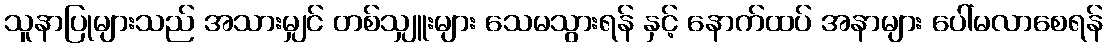
သူနာပြုများသည် အသားမျှင် တစ်သျှူးများ သေမသွားရန် နှင့် နောက်ထပ် အနာများ ပေါ်မလာစေရန်